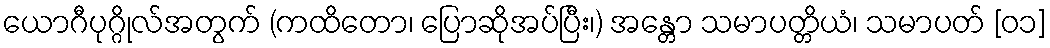
ယောဂီပုဂ္ဂိုလ်အတွက် (ကထိတော၊ ပြောဆိုအပ်ပြီး၊) အန္တော သမာပတ္တိယံ၊ သမာပတ် [၀၁]